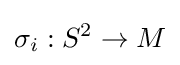
\sigma _{i}:S^{2}\to M